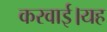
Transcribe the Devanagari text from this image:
करवाई।यह